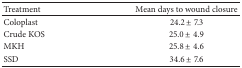
<table><thead><tr><td><b>Treatment</b></td><td><b>Mean days to wound closure</b></td></tr></thead><tbody><tr><td>Coloplast</td><td>24.2 ± 7.3</td></tr><tr><td>Crude KOS</td><td>25.0 ± 4.9</td></tr><tr><td>MKH</td><td>25.8 ± 4.6</td></tr><tr><td>SSD</td><td>34.6 ± 7.6</td></tr></tbody></table>